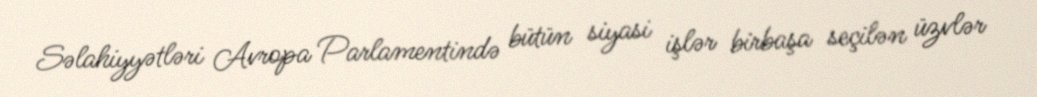
Səlahiyyətləri Avropa Parlamentində bütün siyasi işlər birbaşa seçilən üzvlər